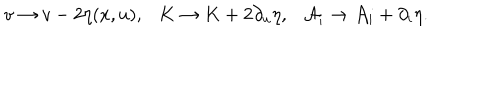
v \to v - 2 \eta ( x , u ) , \ \ \ K \to K + 2 \partial _ { u } \eta , \ \ \ { \cal A } _ { i } \to { \cal A } _ { i } + \partial _ { i } \eta .